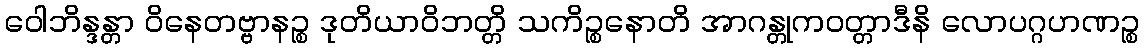
ဝေါဘိန္ဒန္တာ ဝိနေတဗ္ဗာနဉ္စ ဒုတိယာဝိဘတ္တိ သကိဉ္စနောတိ အာဂန္တုကဝတ္တာဒီနိ လောပဂ္ဂဟဏဉ္စ